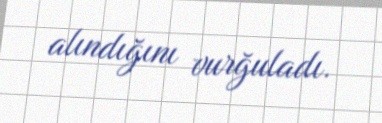
alındığını vurğuladı.